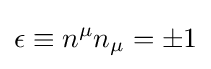
\epsilon \equiv n^{\mu }n_{\mu }=\pm 1